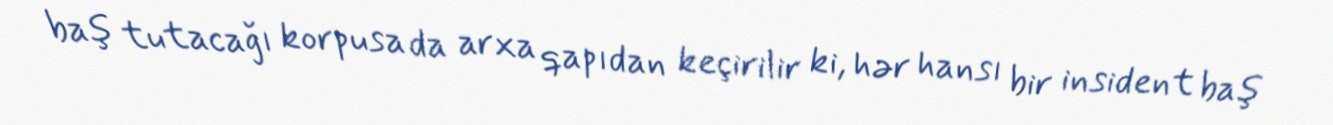
baş tutacağı korpusa da arxa qapıdan keçirilir ki, hər hansı bir insident baş